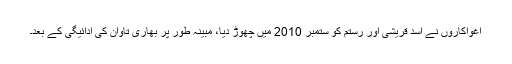
اغواکاروں نے اسد قریشی اور رستم کو ستمبر 2010 میں چھوڑ دیا، مبینہ طور پر بھاری تاوان کی ادائیگی کے بعد۔